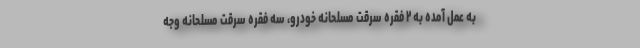
به عمل آمده به ۲ فقره سرقت مسلحانه خودرو، سه فقره سرقت مسلحانه وجه